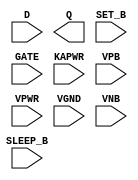
module sky130_fd_sc_lp__srdlstp (
    //# {{data|Data Signals}}
    input  D      ,
    output Q      ,

    //# {{control|Control Signals}}
    input  SET_B  ,

    //# {{clocks|Clocking}}
    input  GATE   ,

    //# {{power|Power}}
    input  SLEEP_B,
    input  KAPWR  ,
    input  VPB    ,
    input  VPWR   ,
    input  VGND   ,
    input  VNB
);
endmodule